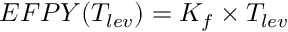
E F P Y ( T _ { l e v } ) = K _ { f } \times T _ { l e v }